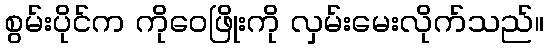
စွမ်းပိုင်က ကိုဝေဖြိုးကို လှမ်းမေးလိုက်သည်။